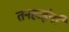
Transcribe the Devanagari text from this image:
तनहाईयाँ